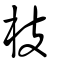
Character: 枝